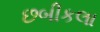
છબીકલા